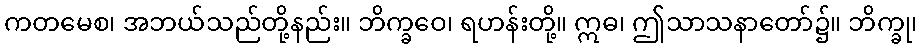
ကတမေစ၊ အဘယ်သည်တို့နည်း။ ဘိက္ခဝေ၊ ရဟန်းတို့။ ဣဓ၊ ဤသာသနာတော်၌။ ဘိက္ခု၊